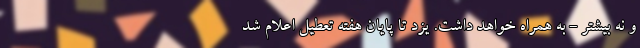
و نه بیشتر - به همراه خواهد داشت. یزد تا پایان هفته تعطیل اعلام شد